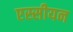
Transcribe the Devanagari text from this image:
एस्सीयन